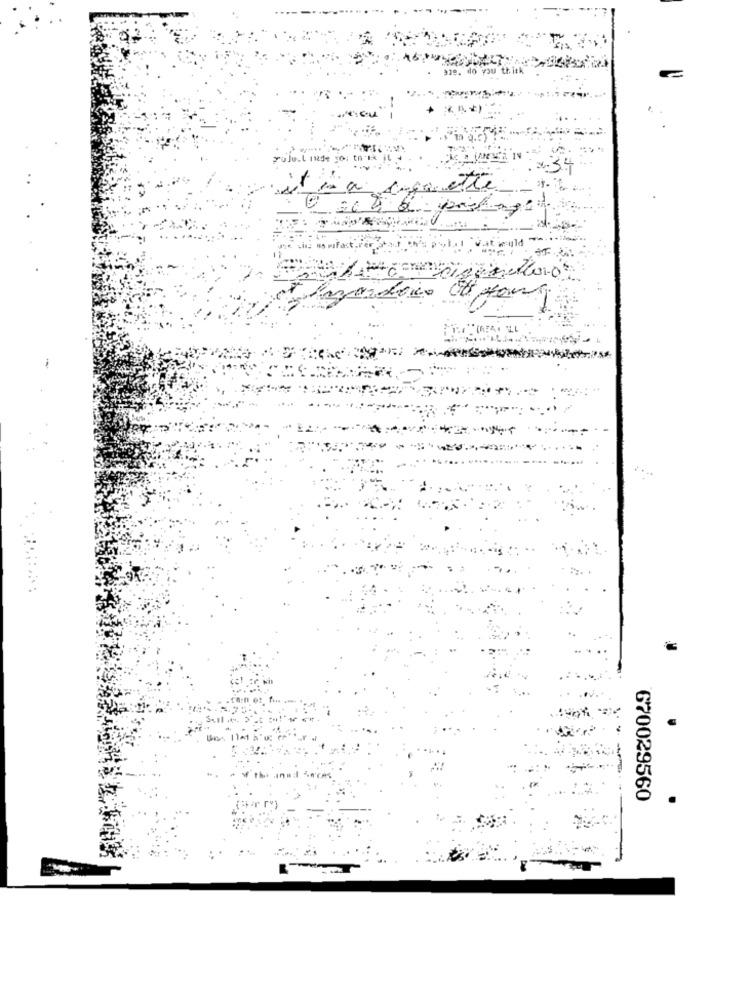
rojo. l nge
670029560